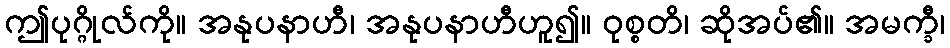
ဤပုဂ္ဂိုလ်ကို။ အနုပနာဟီ၊ အနုပနာဟီဟူ၍။ ဝုစ္စတိ၊ ဆိုအပ်၏။ အမက္ခီ၊